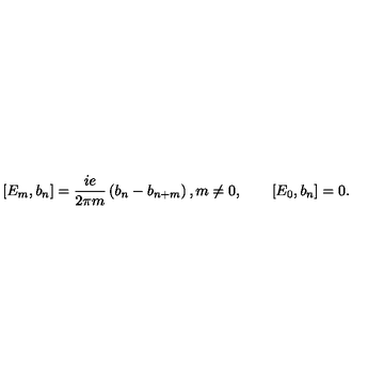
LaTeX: [ E _ { m } , b _ { n } ] = \frac { i e } { 2 \pi m } \left( b _ { n } - b _ { n + m } \right) , m \neq 0 , \qquad [ E _ { 0 } , b _ { n } ] = 0 .